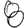
Digit: 8